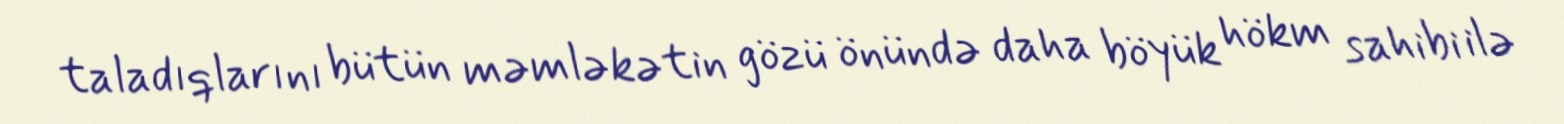
taladıqlarını bütün məmləkətin gözü önündə daha böyük hökm sahibi ilə